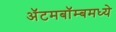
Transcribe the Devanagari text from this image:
अॅटमबॉम्बमध्ये